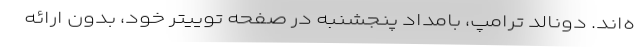
ه‌اند. دونالد ترامپ، بامداد پنجشنبه در صفحه توییتر خود، بدون ارائه